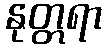
နုတ္တရာ